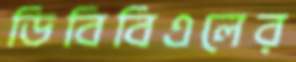
ডিবিবিএলের